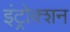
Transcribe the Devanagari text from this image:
इंट्रोक्शन